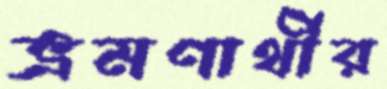
ভ্রমণার্থীর